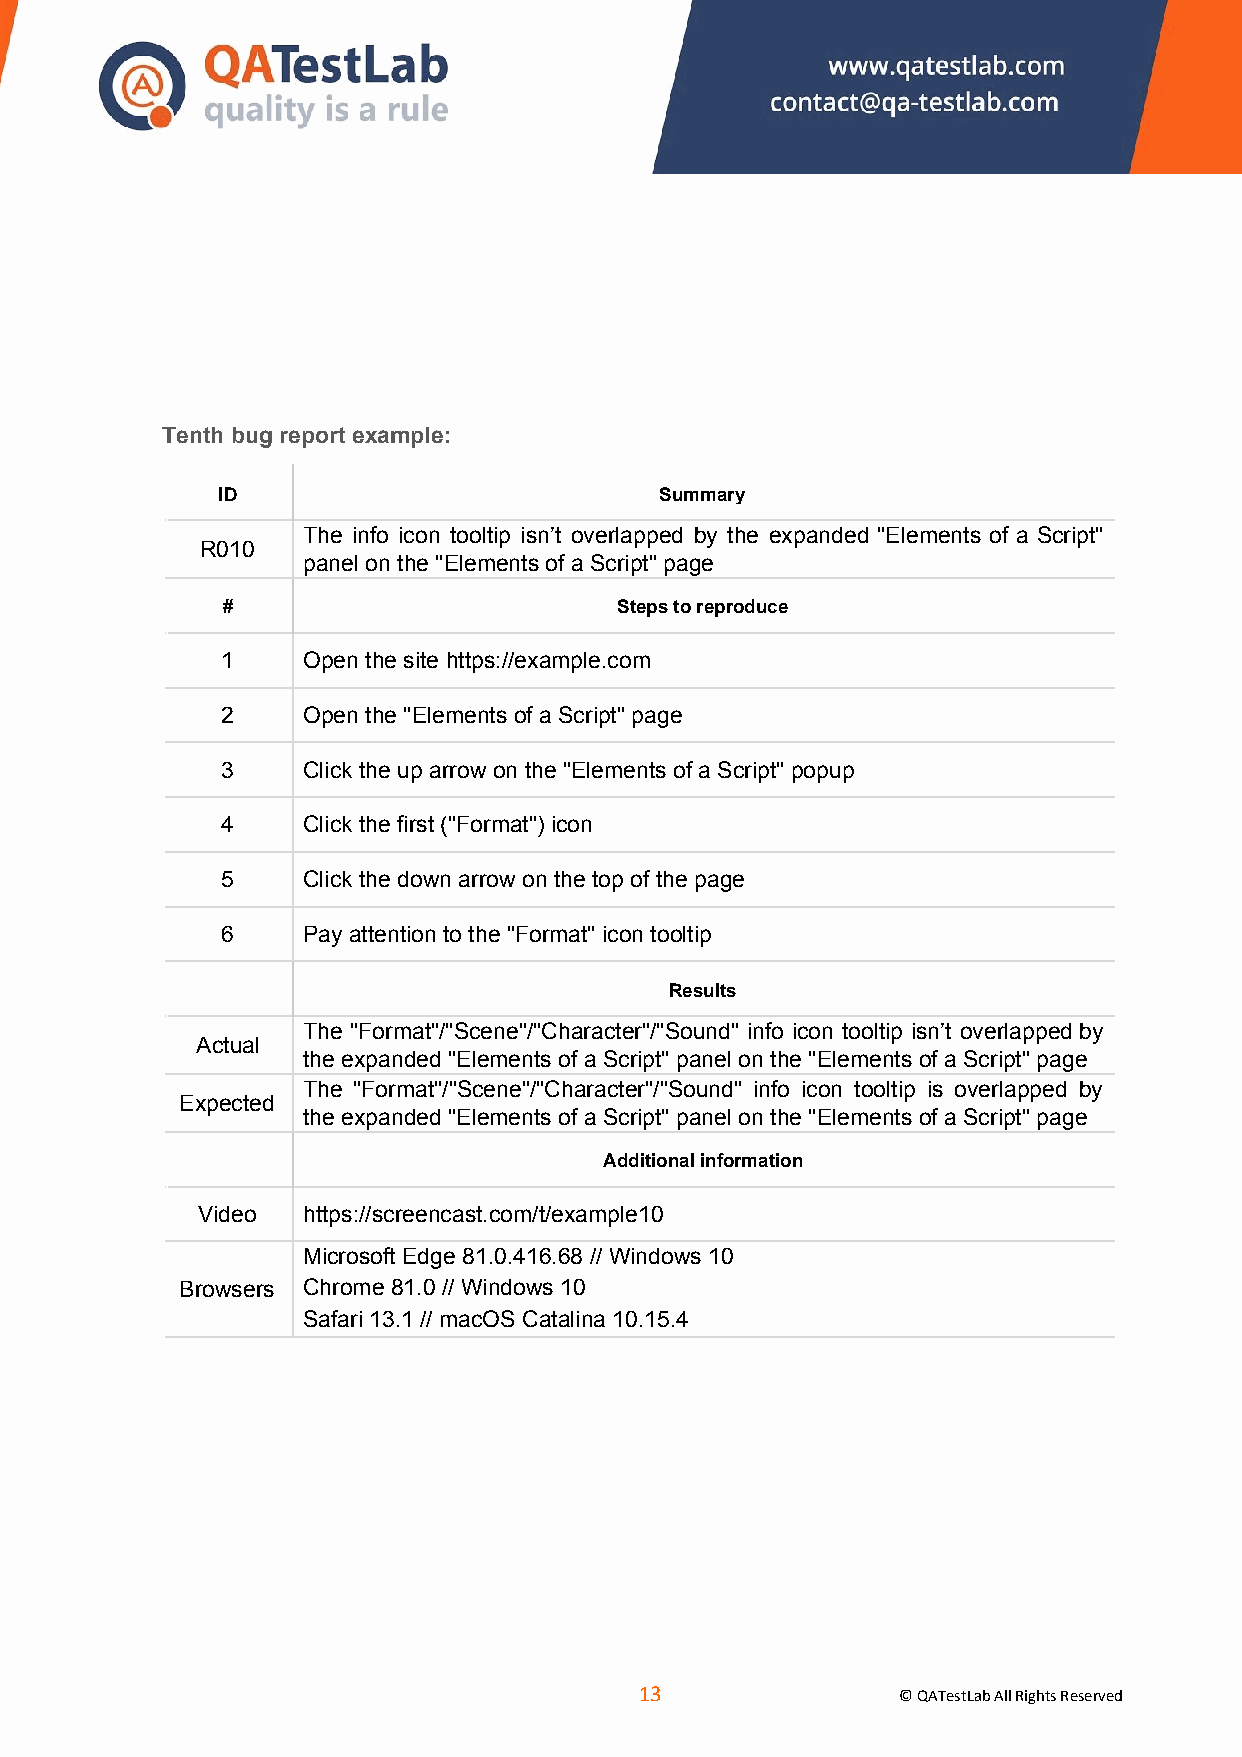
Tenth bug report example:
 ID                            Summary
 The info icon tooltip isn’t overlapped by the expanded "Elements of a Script"
 R010
 panel on the "Elements of a Script" page
 #                         Steps to reproduce
 1    Open the site https://example.com
 2    Open the "Elements of a Script" page
 3    Click the up arrow on the "Elements of a Script" popup
 4    Click the first ("Format") icon
 5    Click the down arrow on the top of the page
 6    Pay attention to the "Format" icon tooltip
 Results
 The "Format"/"Scene"/"Character"/"Sound" info icon tooltip isn’t overlapped by
 Actual
 the expanded "Elements of a Script" panel on the "Elements of a Script" page
 The "Format"/"Scene"/"Character"/"Sound" info icon tooltip is overlapped by
 Expected
 the expanded "Elements of a Script" panel on the "Elements of a Script" page
 Additional information
 Video  https://screencast.com/t/example10
 Microsoft Edge 81.0.416.68 // Windows 10
 Browsers Chrome 81.0 // Windows 10
 Safari 13.1 // macOS Catalina 10.15.4
 ​13​
 © QATestLab All Rights Reserved